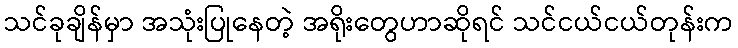
သင်ခုချိန်မှာ အသုံးပြုနေတဲ့ အရိုးတွေဟာဆိုရင် သင်ငယ်ငယ်တုန်းက